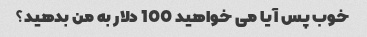
خوب پس آیا می خواهید 100 دلار به من بدهید؟